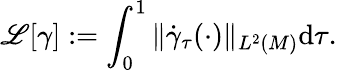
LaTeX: \mathscr{L}[\gamma]:=\int_{0}^{1}\| \dot{\gamma}_{\tau}(\cdot)\| _{L^{2}(M)}\mathrm{d}\tau.